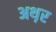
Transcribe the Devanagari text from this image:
अथ़र